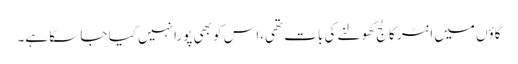
گاؤں میں انٹر کالج کھولنے کی بات تھی،اس کو بھی پورا نہیں کیا جا سکا ہے۔